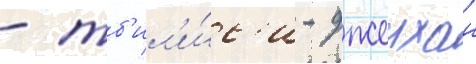
- тб'ил'и́с'и - джеихан